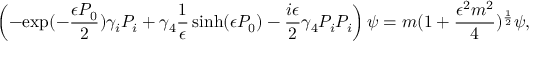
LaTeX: \left( - { \mathrm { e x p } } ( - \frac { \epsilon P _ { 0 } } { 2 } ) \gamma _ { i } P _ { i } + \gamma _ { 4 } \frac { 1 } { \epsilon } \sinh ( \epsilon P _ { 0 } ) - \frac { i \epsilon } { 2 } \gamma _ { 4 } P _ { i } P _ { i } \right) \psi = m ( 1 + \frac { \epsilon ^ { 2 } m ^ { 2 } } { 4 } ) ^ { \frac { 1 } { 2 } } \psi ,